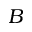
B